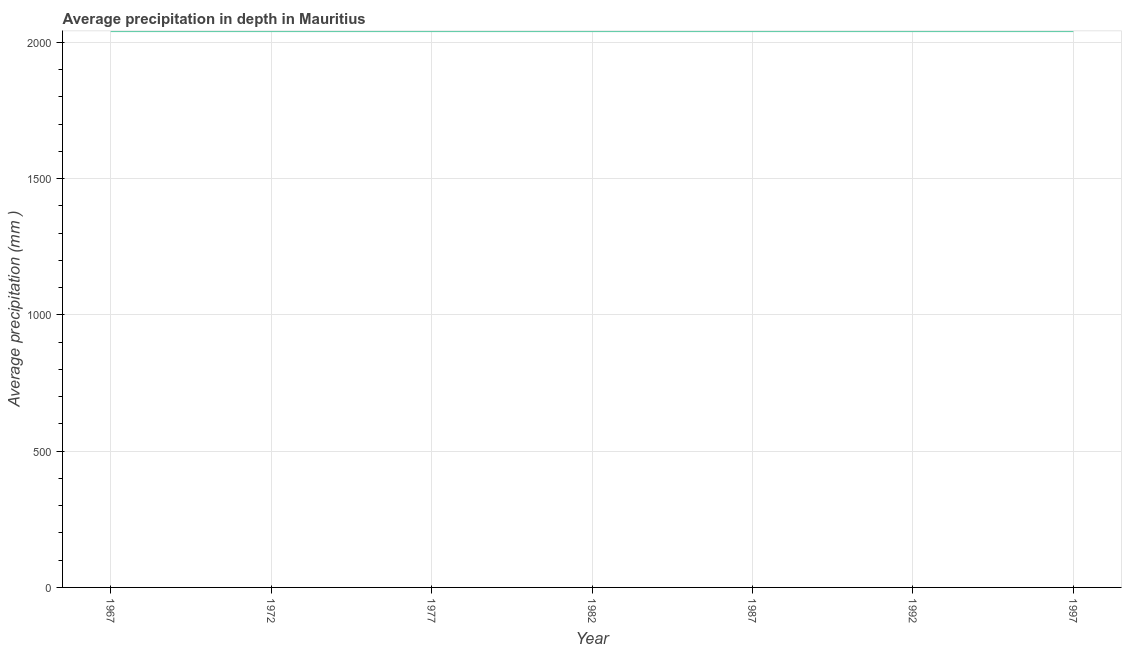
| Year | Average precipitation in depth |
 | --- | --- |
 | 1967 | 2.04e+03 |
 | 1972 | 2.04e+03 |
 | 1977 | 2.04e+03 |
 | 1982 | 2.04e+03 |
 | 1987 | 2.04e+03 |
 | 1992 | 2.04e+03 |
 | 1997 | 2.04e+03 |